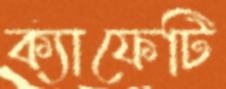
ক্যাফেটি